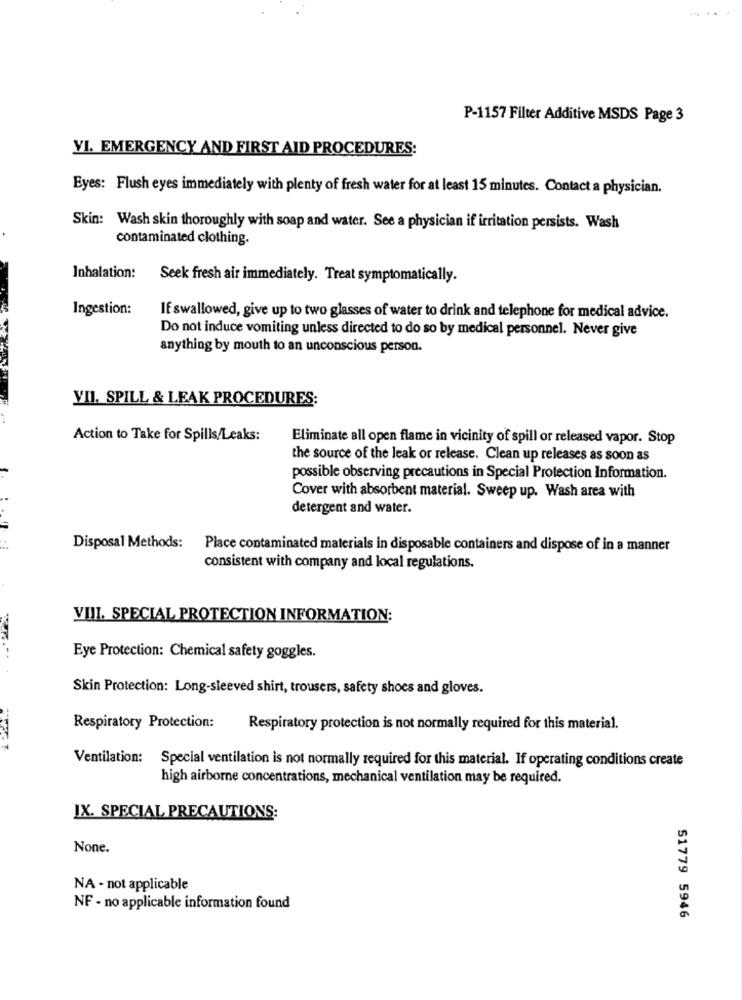
P-1157 Filter Additive MSDS Page 3
VI. EMERGENCY AND FIRST AID PROCEDURES:
Eyes: Flush eyes immediately with plenty of fresh water for at least 15 minutes. Contact a physician.
Skin: Wash skin thoroughly with soap and water. See a physician if irritation persists. Wash
contaminated clothing.
Inhalation:
Seek fresh air immediately. Treat symptomatically.
Ingestion:
If swallowed, give up to two glasses of water to drink and telephone for medical advice.
Do not induce vomiting unless directed to do so by medical personnel. Never give
anything by mouth to an unconscious person.
VII. SPILL & LEAK PROCEDURES:
Action to Take for Spills/Leaks:
Eliminate all open flame in vicinity of spill or released vapor. Stop
the source of the leak or release. Clean up releases as soon as
possible observing precautions in Special Protection Information.
Cover with absorbent material. Sweep up. Wash area with
detergent and water.
Disposal Methods:
Place contaminated materials in disposable containers and dispose of in a manner
consistent with company and local regulations.
VIII. SPECIAL PROTECTION INFORMATION:
Eye Protection: Chemical safety goggles.
Skin Protection: Long-sleeved shirt, trousers, safety shoes and gloves.
Respiratory Protection:
Respiratory protection is not normally required for this material.
Ventilation:
Special ventilation is not normally required for this material. If operating conditions create
high airborne concentrations, mechanical ventilation may be required.
IX. SPECIAL PRECAUTIONS:
None.
NA - not applicable
NF - no applicable information found
51779 5946